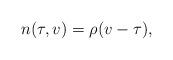
LaTeX: \begin{align*} n(\tau,v)=\rho_{}(v-\tau),\end{align*}